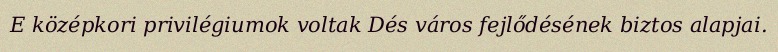
E középkori privilégiumok voltak Dés város fejlődésének biztos alapjai.